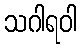
သဂါရဝါ